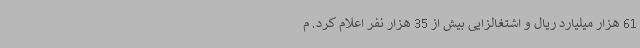
61 هزار میلیارد ریال و اشتغالزایی بیش از 35 هزار نفر اعلام کرد. م